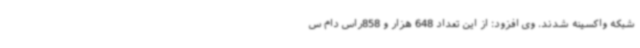
شبکه واکسینه شدند. وی افزود: از این تعداد 648 هزار و 858راس دام س